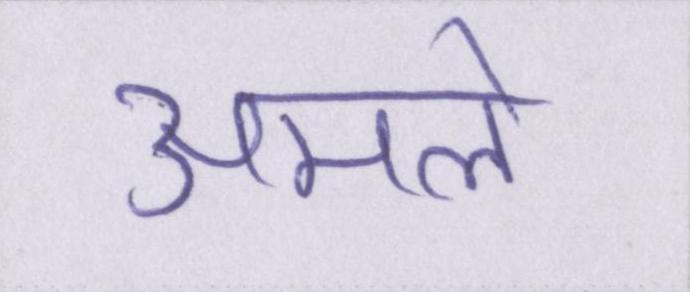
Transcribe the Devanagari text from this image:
अमले